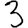
Digit: 3